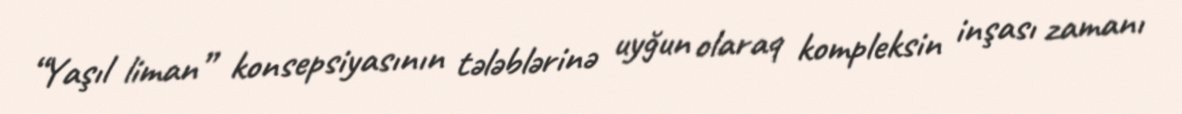
“Yaşıl liman” konsepsiyasının tələblərinə uyğun olaraq kompleksin inşası zamanı